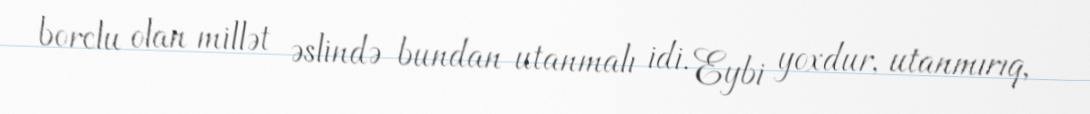
borclu olan millət əslində bundan utanmalı idi. Eybi yoxdur, utanmırıq,